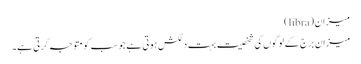
میزان(libra)
میزان برج کے لوگوں کی شخصیت بہت دلکش ہوتی ہے جو سب کو متوجہ کرتی ہے۔